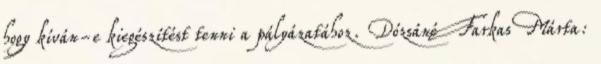
hogy kíván-e kiegészítést tenni a pályázatához. Dózsáné Farkas Márta: